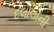
દલાલોની